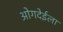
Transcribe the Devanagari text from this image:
ओगदेईला